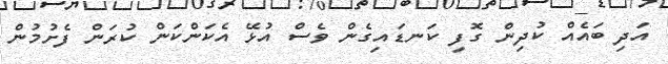
އަދި ބައެއް ކުދިން ގޮފި ކަނޑައިގެން ވެސް އުޅޭ އެކަންކަން ކުރަން ފެށުމުން